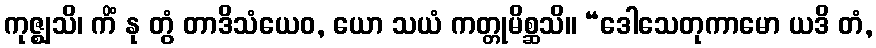
ကုဇ္ဈသိ၊ ကိံ နု တွံ တာဒိသံယေဝ, ယော သယံ ကတ္တုမိစ္ဆသိ။ “ဒေါသေတုကာမော ယဒိ တံ,